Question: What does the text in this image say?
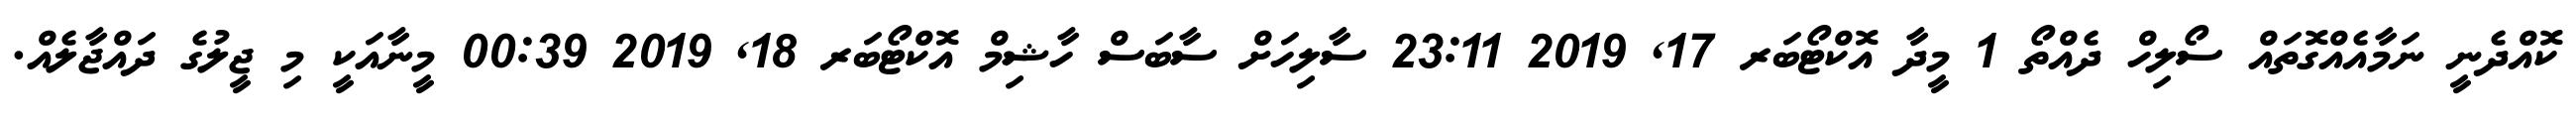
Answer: ކޮއްދެނީ ނަމާއެއްގޮތައް ސޯލިހް ދެއްތޯ 1 މީދާ އޮކްޓޯބަރ 17, 2019 23:11 ސާލިހަށް ސާބަސް ހާޝިމް އޮކްޓޯބަރ 18, 2019 00:39 މީނާއަކީ މި ޖީލުގެ ދައްޖާލެއް.